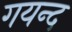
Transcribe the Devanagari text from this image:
गयन्द